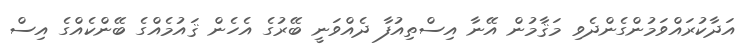
އަދާކުރައްވަމުންގެންދެވި މަޤާމުން އޭނާ އިސްތިއުފާ ދެއްވަނީ ބޭރުގެ އެހެން ޤައުމެއްގެ ބޭންކެއްގެ އިސް